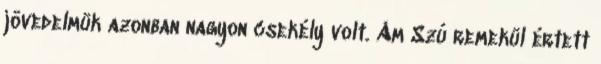
jövedelmük azonban nagyon csekély volt. Ám Szú remekül értett